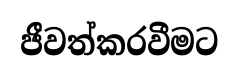
ජීවත්කරවීමට